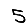
Digit: 5